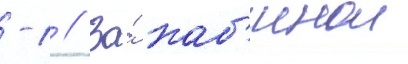
-1 // За́ каб'инои